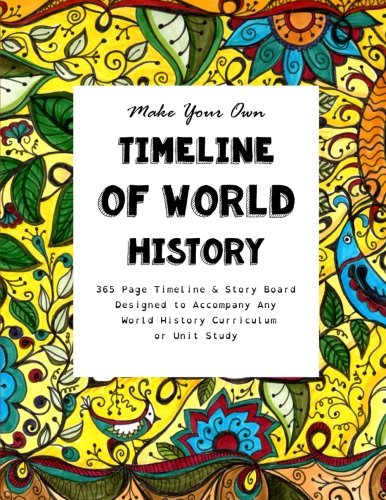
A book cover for Make Your Own Timeline of World History: 365 Page Timeline & Story Board  Designed to Accompany Any World History Curriculum or Unit Study; Sarah Janisse Brown; History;